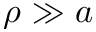
\rho \gg a